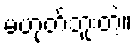
မဟုတ်ဘူးတဲ့။